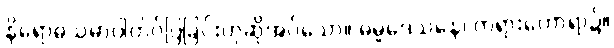
နိရောဓသမာပါတ်ဝ်ပြခြင်းဟုဆိုအပ်သော။ ဓမ္မဒေသနေ၊ တရားဟောရာ၌။